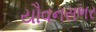
યૌવનસભર